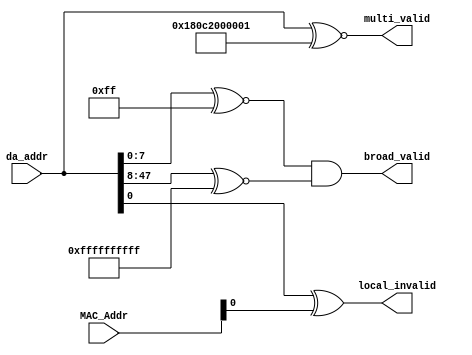
`timescale 1ns / 1ps
////////////////////////////////////////////////////////////////////////////////
// Company: 
// Engineer:
//
// Design Name:    
// Module Name:    rxDAchecker
// Project Name:   
// Target Device:  
// Tool versions:  
// Description:
//
// Dependencies:
// 
// Revision:
// Revision 0.01 - File Created
// Additional Comments:
// 
////////////////////////////////////////////////////////////////////////////////



module rxDAchecker(local_invalid, broad_valid, multi_valid, MAC_Addr, da_addr);

    output local_invalid;
	 output broad_valid;
	 output multi_valid;

    input [47:0] MAC_Addr;
	 input [47:0] da_addr;

	 parameter Multicast = 48'h0180C2000001;
	 parameter Broadcast = 48'hffffffffffff; 

	 // check individual MAC address
	 wire broad_valid_1;

	 assign multi_valid   = (da_addr~^Multicast);
	 assign broad_valid_1 = (da_addr[7:0] ~^ Broadcast[7:0]);
	 assign broad_valid   = broad_valid_1 &(da_addr[47:8] ~^ Broadcast[47:8]);
	 assign local_invalid = da_addr^MAC_Addr;

endmodule